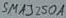
Text: SMA3250A